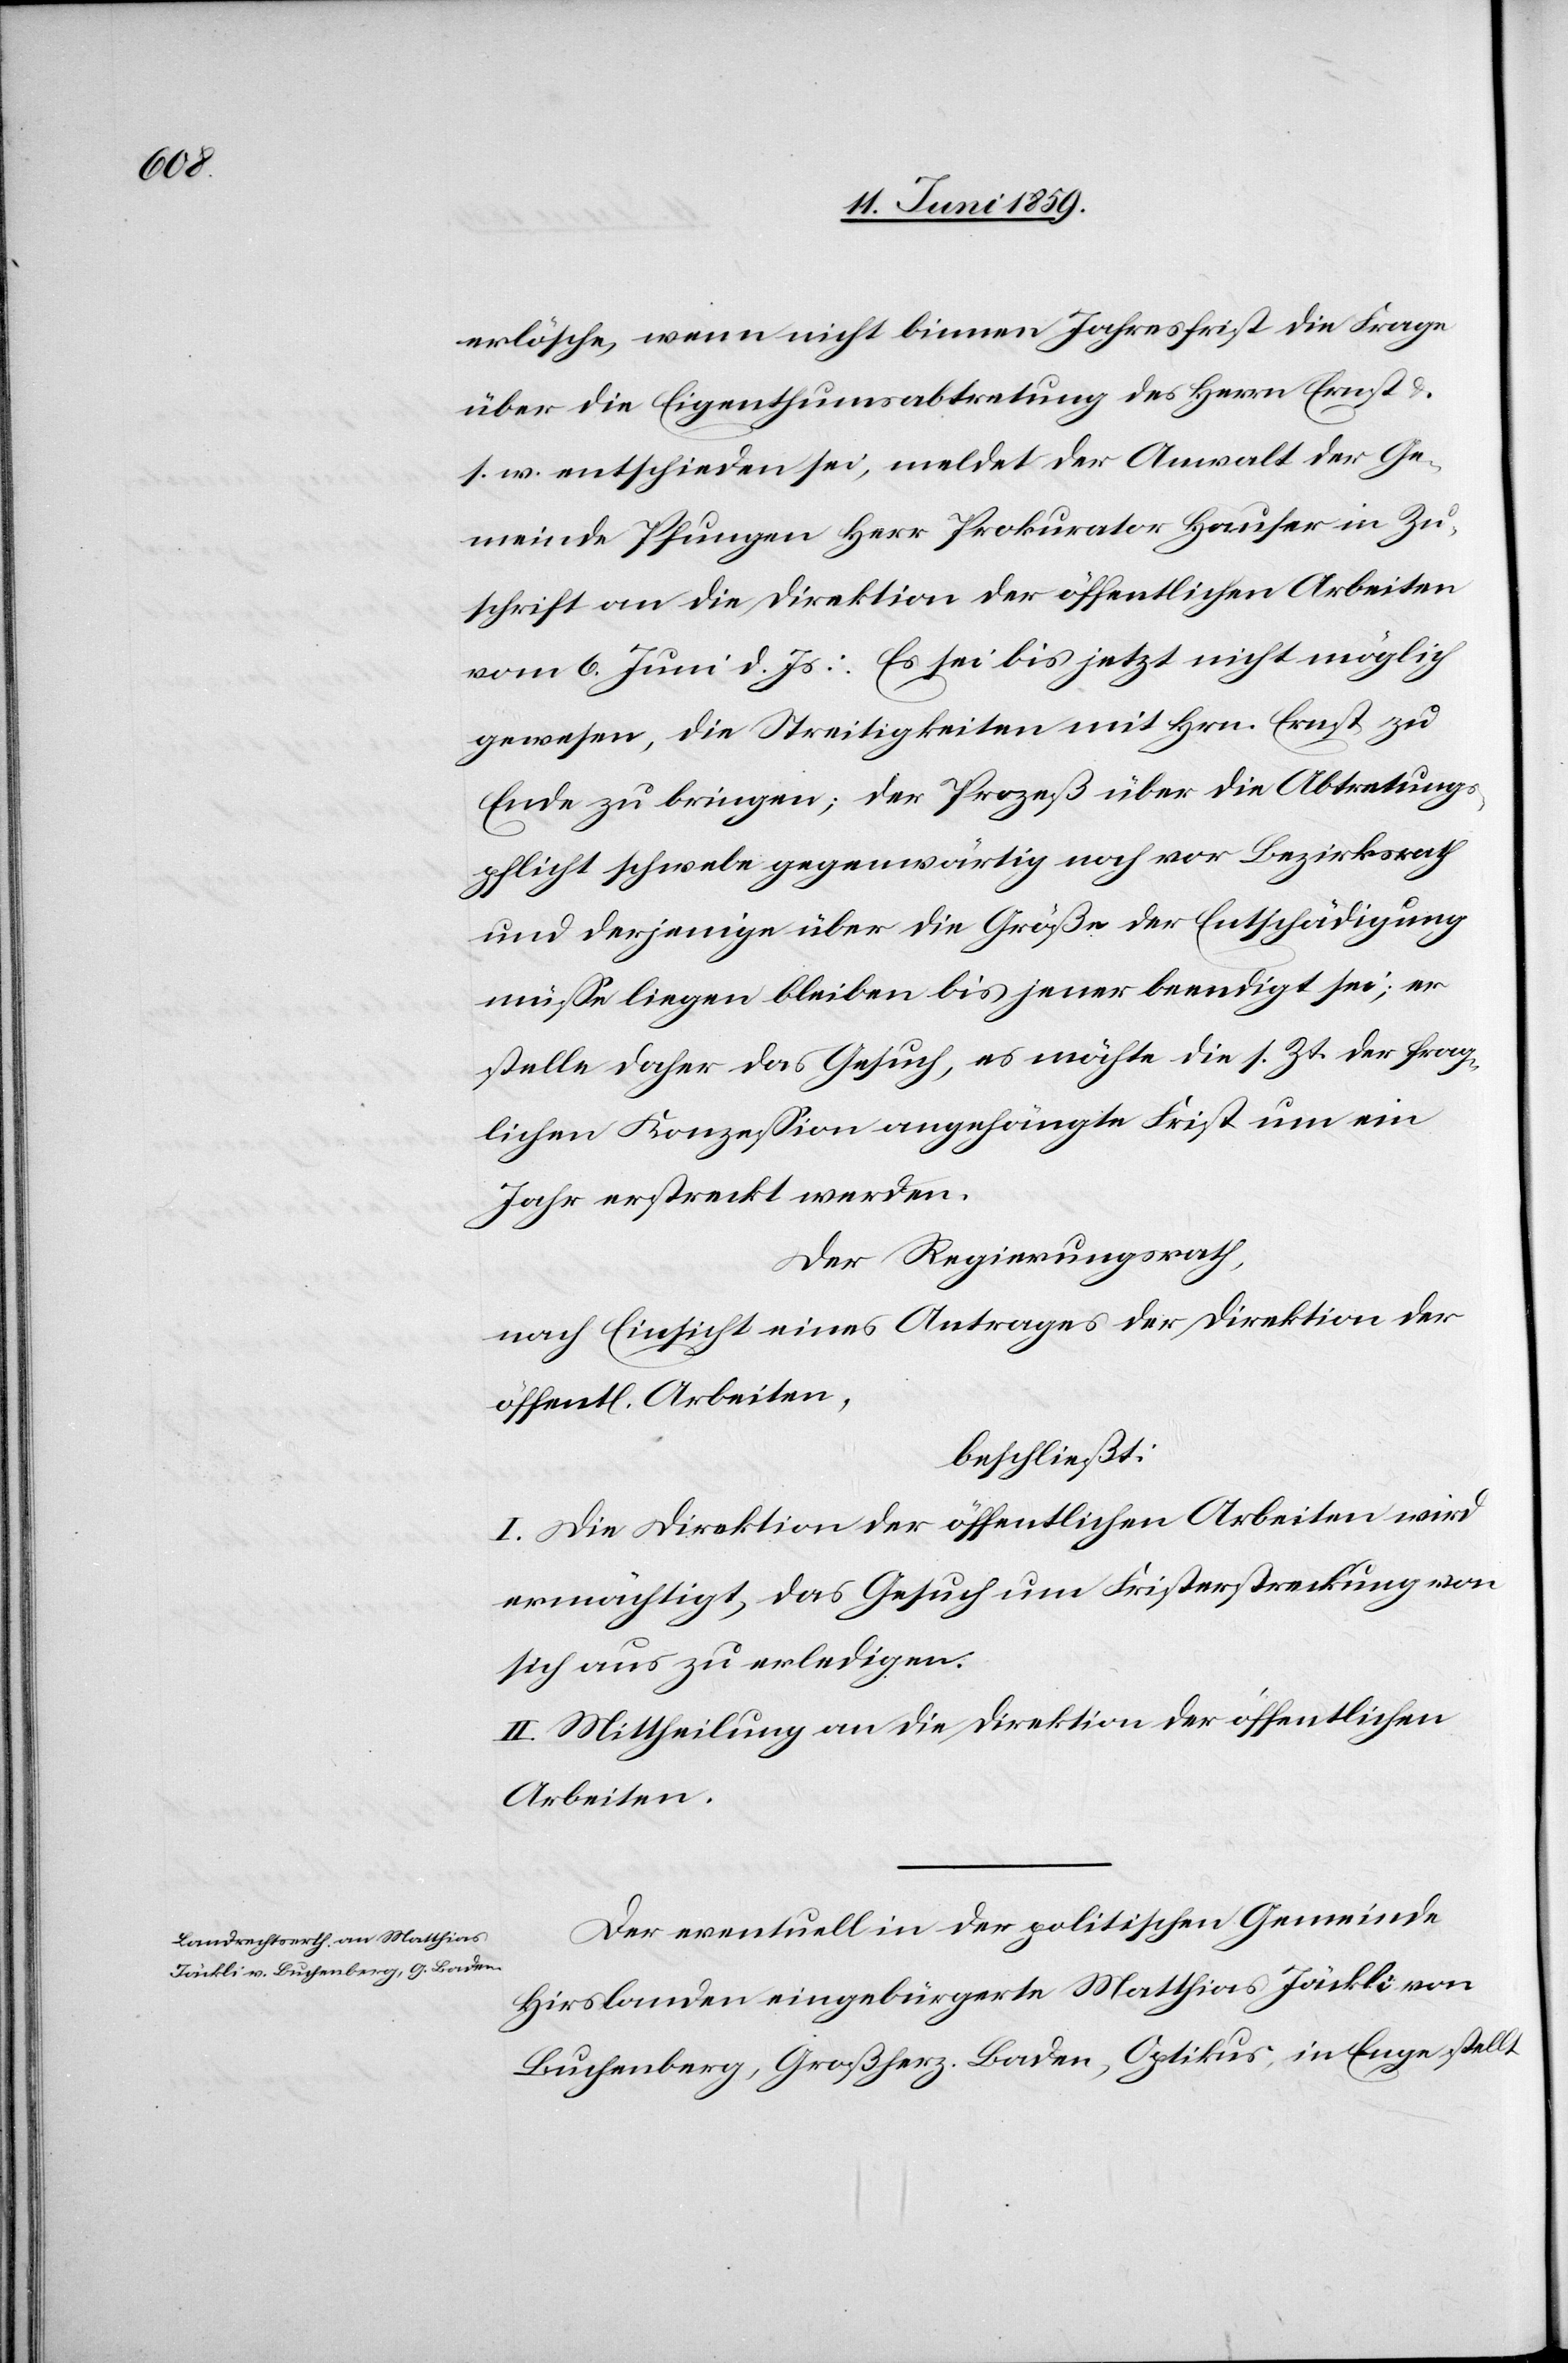
erlösche, wenn nicht binnen Jahresfrist die Frage
über die Eigenthumsabtretung des Herrn Ernst
s. w. entschieden sei, meldet der Anwalt der Ge¬
meinde Pfungen Herr Prokurator Hauser in Zu¬
schrift an die Direktion der öffentlichen Arbeiten
vom 6. Juni d. Js.: Es sei bis jetzt nicht möglich
gewesen, die Streitigkeiten mit Hrn. Ernst zu
Ende zu bringen; der Prozeß über die Abtretungs¬
pflicht schwebe gegenwärtig noch vor Bezirksrath
und derjenige über die Größe der Entschädigung
müsse liegen bleiben bis jener beendigt sei; er
stelle daher das Gesuch, es möchte die s. Zt. der frag¬
lichen Konzession angehängte Frist um ein
Jahr erstreckt werden.
Der Regierungsrath ,
nach Einsicht eines Antrages der Direktion der
öffentl. Arbeiten,
beschließt:
I. Die Direktion der öffentlichen Arbeiten wird
ermächtigt, das Gesuch um Fristerstreckung von
sich aus zu erledigen.
II. Mittheilung an die Direktion der öffentlichen
Arbeiten.
Der eventuell in der politischen Gemeinde
Hirslanden eingebürgerte Matthias Jäckli von
Buchenberg, Großherz. Baden, Optikus, in Enge stellt